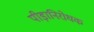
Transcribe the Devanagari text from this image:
पीड़ानिरोधक